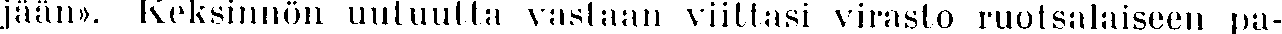
jään». Keksinnön uutuutta vastaan viittasi virasto ruotsalaiseen pa-